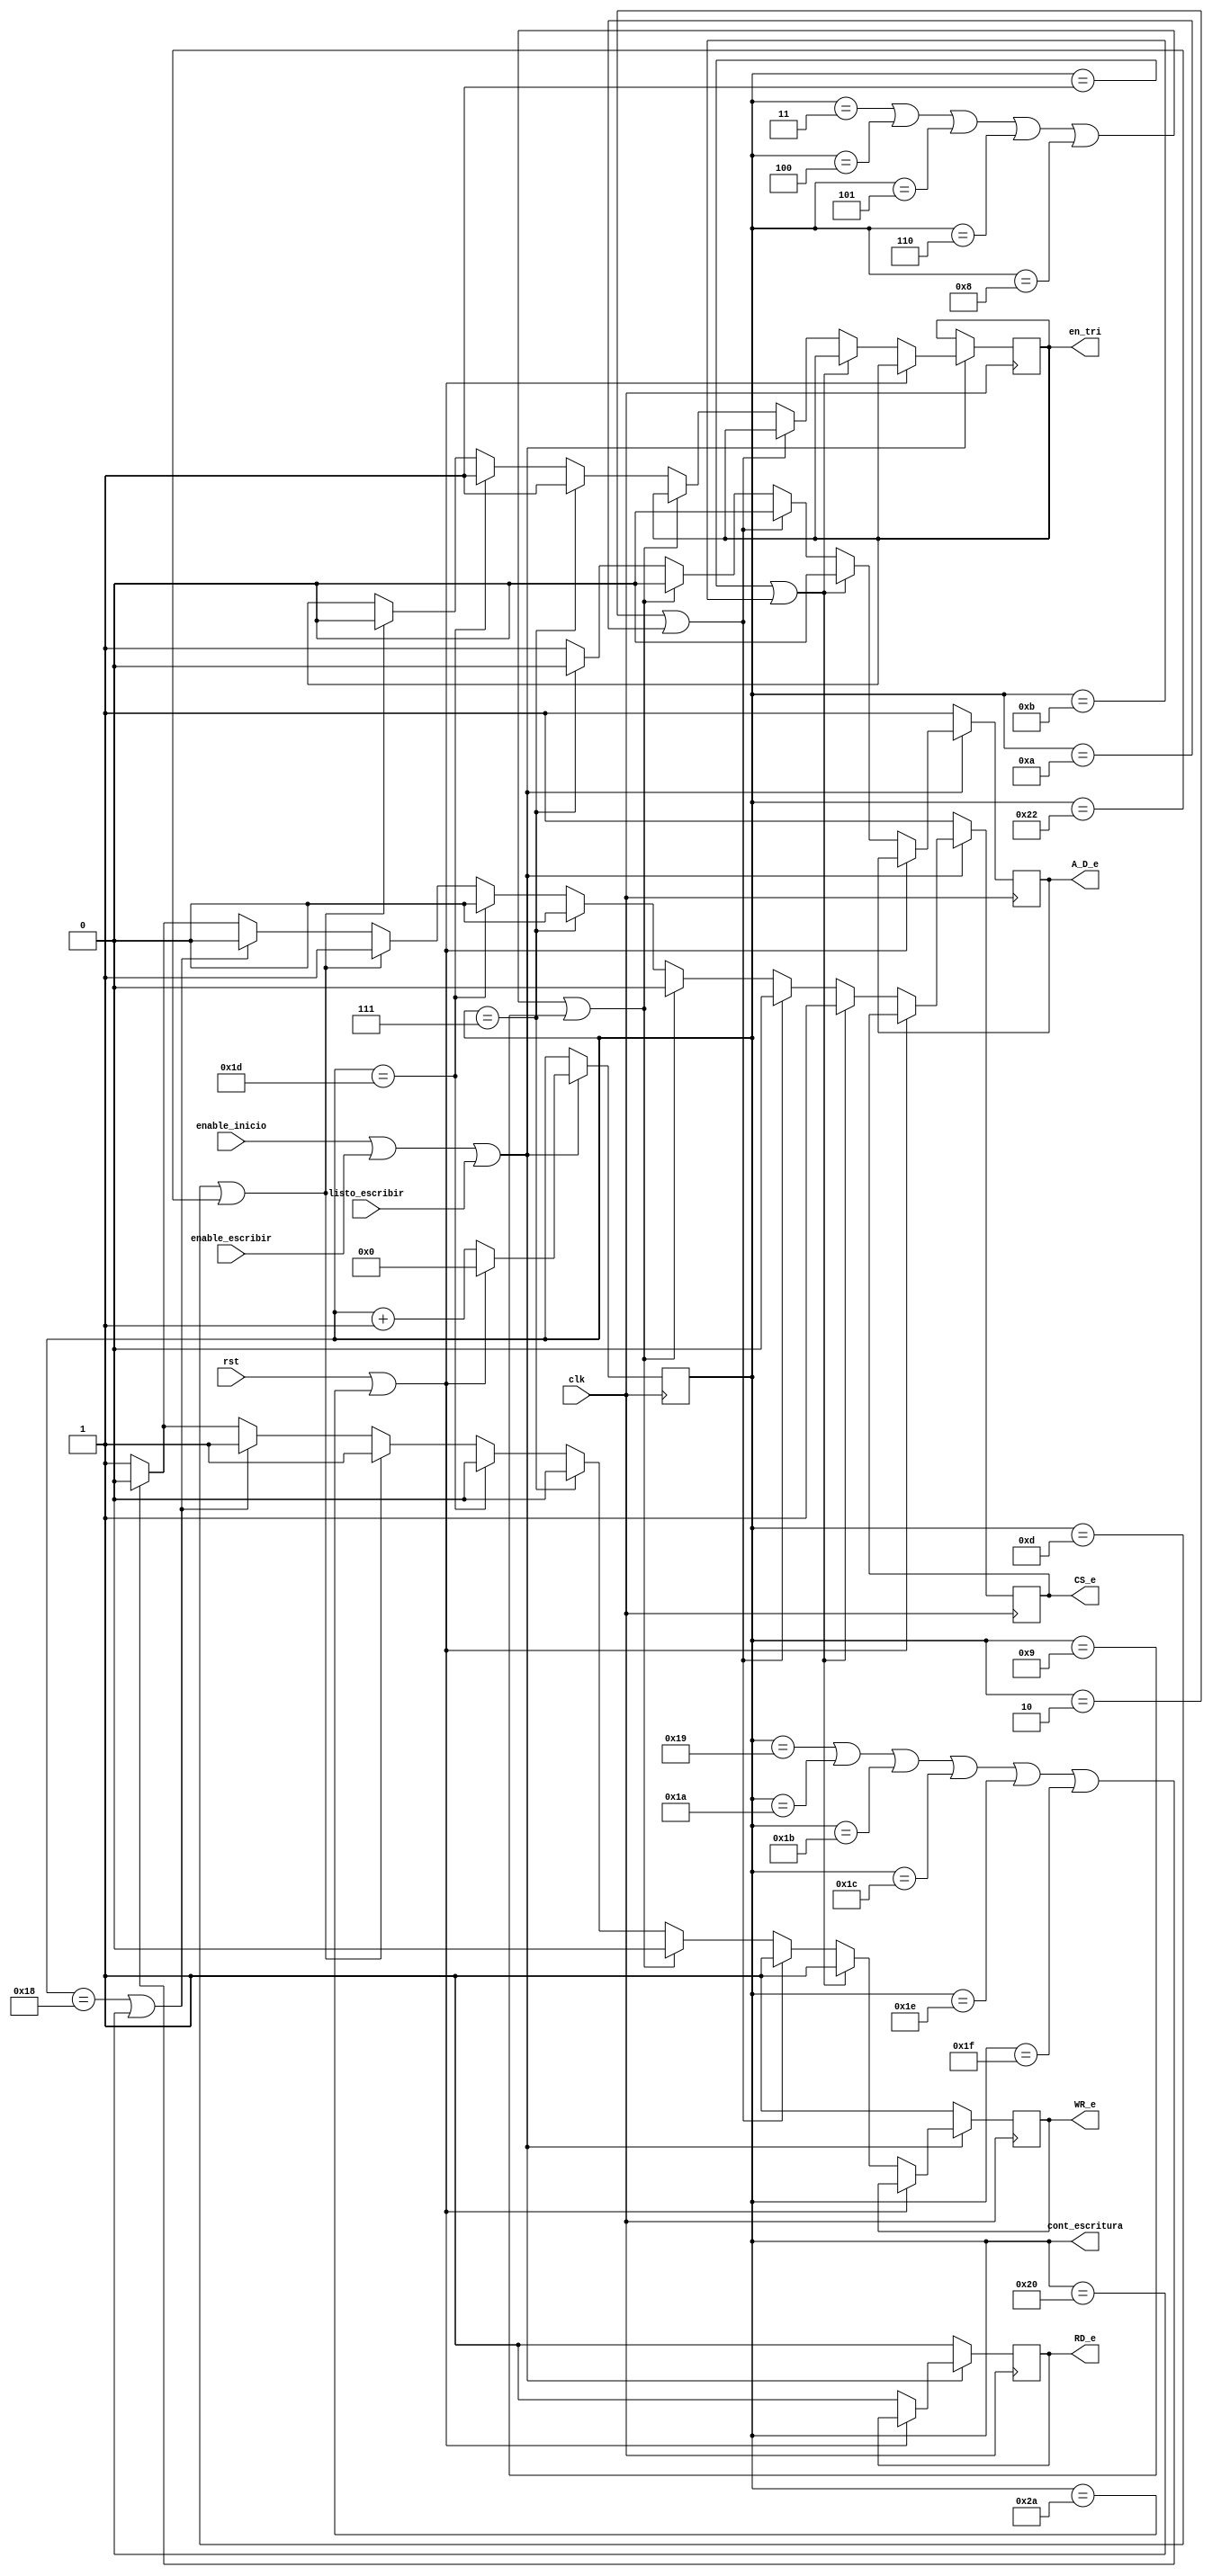
`timescale 1ns / 1ps
//Este bloque genera la secuencia de las seales de control de escritura de manera que si se va a escribir la direccin
// se activa primero la seal de A/D, luego CS y luego WR, la seal de RD permanece en alto en este proceso
module Signal_Control_Escritura(
    input clk,
    input rst,
	 input  enable_inicio, enable_escribir, listo_escribir, //Seales que entran de la mquina de estados y del bloque de control escritura
	 output [5:0]cont_escritura, //Seal de salida con el valor del contador encargado de generar la secuencia de las seales
	 output reg en_tri, //Seal para activar el buffer
	 output reg CS_e, //
    output reg RD_e, //Seales de Control del RTC
    output reg WR_e, //
    output reg A_D_e //
    );
	  
reg [5:0] cont=6'b0; 

always @ (posedge clk) //se cummple cuando hay un flanco positivo en el clk 
begin
if (enable_inicio==1'b1 || enable_escribir==1'b1 || listo_escribir==1'b1)begin //Si alguna de estas seales est en alto
	if (rst || cont==42) cont<=6'd0;
	else begin 
		cont<=cont+5'b1; 
		 if (cont==6'd1||cont==6'd11)	begin //Definicion del orden de las seales de control dependiendo del valor del cont_escritura
			CS_e<=1'b1;RD_e<=1'b1;WR_e<=1'b1;A_D_e<=1'b0;	end
		else if (cont==6'd2||cont==6'd10)	begin 
			CS_e<=1'b0;RD_e<=1'b1;WR_e<=1'b1;A_D_e<=1'b0; end
		else if (cont==6'd3||cont==6'd4||cont==6'd5||cont==6'd6||cont==6'd8||cont==6'd9)	begin 
			CS_e<=1'b0; RD_e<=1'b1; WR_e<=1'b0;	A_D_e<=1'b0;	end
		else if (cont==6'd7) begin CS_e<=1'b0; RD_e<=1'b1; WR_e<=1'b0;	A_D_e<=1'b0;	en_tri<=1'b1;end
		else if (cont==6'd29) begin CS_e<=1'b0; RD_e<=1'b1; WR_e<=1'b0;	A_D_e<=1'b1;	en_tri<=1'b1;end
		else if (cont==6'd13||cont==6'd34) begin CS_e<=1'b1; RD_e<=1'b1; WR_e<=1'b1;	A_D_e<=1'b1;	en_tri<=1'b0;end
		else if (cont==6'd24||cont==6'd32)begin
			 CS_e<=1'b0;RD_e<=1'b1;WR_e<=1'b1;A_D_e<=1'b1;   end 
		else if (cont==6'd25||cont==6'd26||cont==6'd27||cont==6'd28||cont==6'd30||cont==6'd31)begin
			 CS_e<=1'b0;RD_e<=1'b1;WR_e<=1'b0;A_D_e<=1'b1;end 
		else begin 
			CS_e<=1'b1;RD_e<=1'b1;WR_e<=1'b1;A_D_e<=1'b1;/* enable_tri_state<=1'b0;*/end
		end
	end
		else begin 
			CS_e<=1'b1;RD_e<=1'b1;WR_e<=1'b1;A_D_e<=1'b1;/* enable_tri_state<=1'b0;*/end 
end

assign cont_escritura= cont; 
endmodule